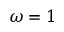
\omega = 1